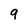
Character: 9